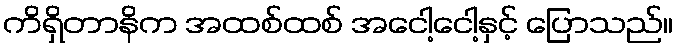
ကိရှိတာနိက အထစ်ထစ် အငေါ့ငေါ့နှင့် ပြောသည်။